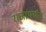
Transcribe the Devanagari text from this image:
राजांपर्यंत